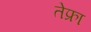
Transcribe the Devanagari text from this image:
तेफ्रा